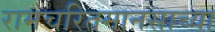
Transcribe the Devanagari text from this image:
रामचरितमानसाच्या